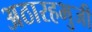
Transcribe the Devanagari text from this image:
अठारहभुजी